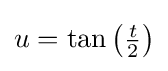
{\textstyle u=\tan \left({\frac {t}{2}}\right)}